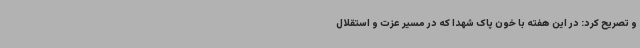
و تصریح کرد: در این هفته با خون پاک شهدا که در مسیر عزت و استقلال